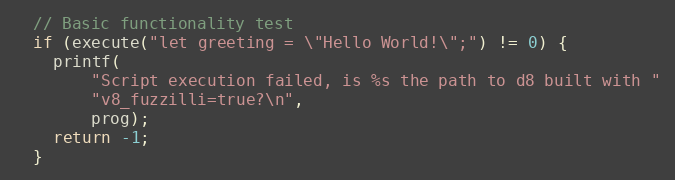
Language: C++
  // Basic functionality test
  if (execute("let greeting = \"Hello World!\";") != 0) {
    printf(
        "Script execution failed, is %s the path to d8 built with "
        "v8_fuzzilli=true?\n",
        prog);
    return -1;
  }